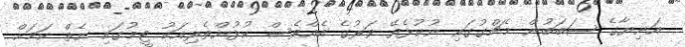
އަނިޔާގެ ސަބަބުން މެޗްގުގައި ނުކުޅެވޭ ވަރުގެ އެއްވެސް ކުޅުންތެރިއަކު ޓީމުގައި ނެތް ކަމަށް